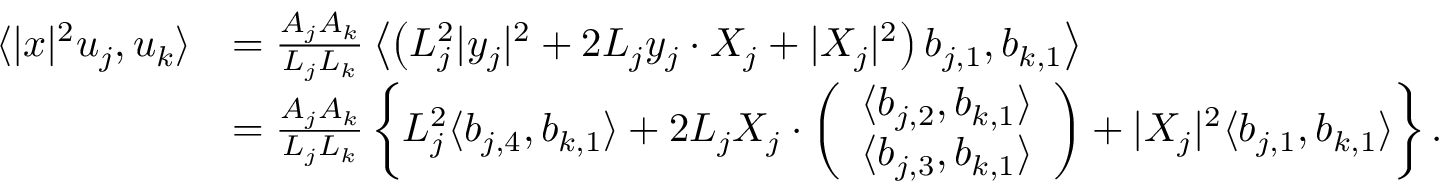
\begin{array} { r l } { \langle | x | ^ { 2 } u _ { j } , u _ { k } \rangle } & { = \frac { A _ { j } A _ { k } } { L _ { j } L _ { k } } \left\langle \left( L _ { j } ^ { 2 } | y _ { j } | ^ { 2 } + 2 L _ { j } y _ { j } \cdot X _ { j } + | X _ { j } | ^ { 2 } \right) b _ { j , 1 } , b _ { k , 1 } \right\rangle } \\ & { = \frac { A _ { j } A _ { k } } { L _ { j } L _ { k } } \left\{ L _ { j } ^ { 2 } \langle b _ { j , 4 } , b _ { k , 1 } \rangle + 2 L _ { j } X _ { j } \cdot \left( \begin{array} { l } { \langle b _ { j , 2 } , b _ { k , 1 } \rangle } \\ { \langle b _ { j , 3 } , b _ { k , 1 } \rangle } \end{array} \right) + | X _ { j } | ^ { 2 } \langle b _ { j , 1 } , b _ { k , 1 } \rangle \right\} . } \end{array}